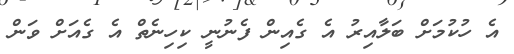
އެ ހުކުމަށް ބަލާއިރު އެ ގެއިން ފެނުނީ ކިހިނެތް އެ ގެއަށް ވަން